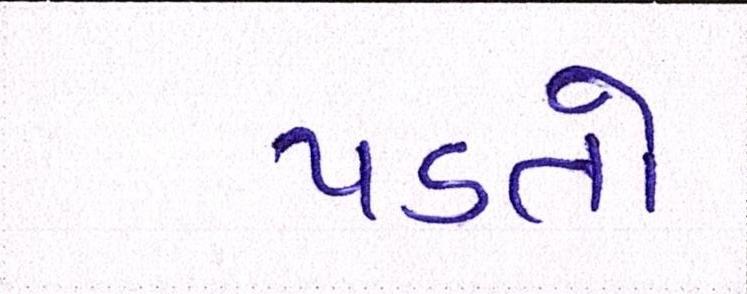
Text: પડતો